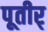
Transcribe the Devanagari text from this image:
पूतीर्